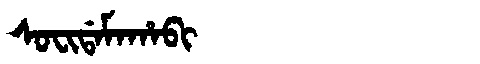
Manchu: ᠰᠣᠸᡳᡩᠠᠮᠠᡥᠠᠪᡳ
Romanization: SOFIDAMAHABI